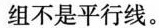
组不是平行线。